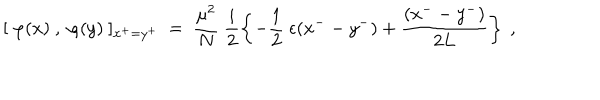
[ ~ \varphi ( x ) ~ , ~ \varphi ( y ) ~ ] _ { x ^ { + } = y ^ { + } } ~ = ~ \frac { \mu ^ { 2 } } { N } ~ \frac { i } { 2 } \left\{ - \frac { 1 } { 2 } ~ \epsilon ( x ^ { - } - y ^ { - } ) + \frac { ( x ^ { - } - y ^ { - } ) } { 2 L } \right\} ~ ,